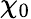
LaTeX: \chi_{0}